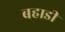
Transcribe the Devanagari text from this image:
बहाडी